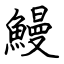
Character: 鰻